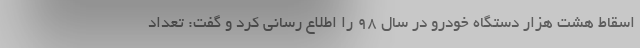
اسقاط هشت هزار دستگاه خودرو در سال ۹۸ را اطلاع رسانی کرد و گفت: تعداد